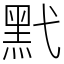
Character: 黓